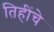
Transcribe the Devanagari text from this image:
तिहींचे